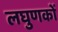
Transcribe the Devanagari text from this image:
लघुणकों